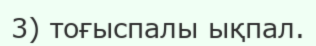
3) тоғыспалы ықпал.